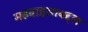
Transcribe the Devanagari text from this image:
महदाइसाबद्दल